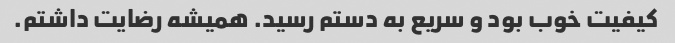
کیفیت خوب بود و سریع به دستم رسید. همیشه رضایت داشتم.